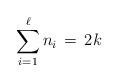
LaTeX: \begin{align*} \sum_{i=1}^{\ell}n_i \,=\, 2k \end{align*}